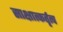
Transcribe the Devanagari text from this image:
साक्षात्कर्तृत्व